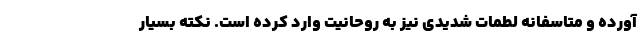
آورده و متاسفانه لطمات شدیدی نیز به روحانیت وارد کرده است. نکته بسیار